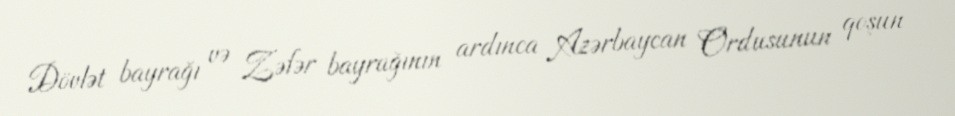
Dövlət bayrağı və Zəfər bayrağının ardınca Azərbaycan Ordusunun qoşun